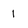
Character: 1